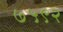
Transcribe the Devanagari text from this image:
७५९२